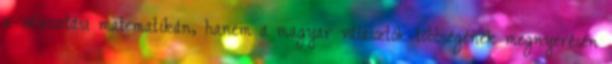
a választási matematikán, hanem a magyar választók többségének megnyerésén